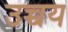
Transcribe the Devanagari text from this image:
उच्चय